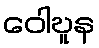
ဝေါဎူန